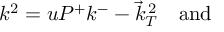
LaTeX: k ^ { 2 } = u P ^ { + } k ^ { - } - \vec { k } _ { T } ^ { \, 2 } \quad \mathrm { a n d }